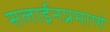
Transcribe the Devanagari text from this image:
सलाईनप्रमाणे